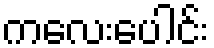
ကလေးပေါင်း